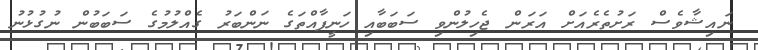
ނައިޝާވެސް ރަށުތެރެއަށް އަރަން ޖެހިލުންވި ސަބަބާއި ހަނީފާއްތަގެ ނަންބަރު ގެއްލުމުގެ ސަބަބުން ނުގުޅުނު